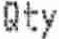
QTY